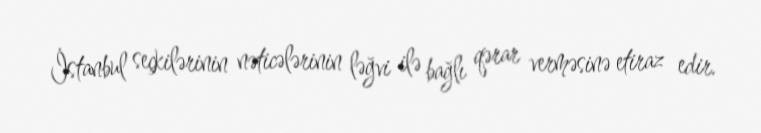
İstanbul seçkilərinin nəticələrinin ləğvi ilə bağlı qərar verməsinə etiraz edir.